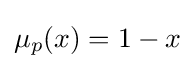
\mu _{p}(x)=1-x